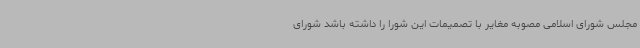
مجلس شورای اسلامی مصوبه مغایر با تصمیمات این شورا را داشته باشد شورای